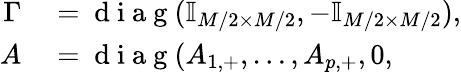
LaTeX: \begin{array}{rl}{\Gamma}&{{}=\mathrm{~d~i~a~g~}(\mathbb{I}_{M/2\times M/2},-\mathbb{I}_{M/2\times M/2}),}\\ {A}&{{}=\mathrm{~d~i~a~g~}(A_{1,+},\ldots,A_{p,+},0,}\end{array}